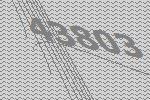
43803